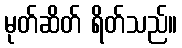
မုတ်ဆိတ် ရိတ်သည်။